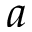
a